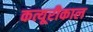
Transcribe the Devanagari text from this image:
कत्यूरीकाल